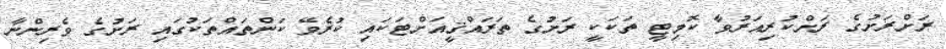
ރަށްރަށުގެ ރަށްކުރިއަރުވާ ކޮމިޓީ ތަކަކީ ރަށުގެ ތަރައްޤީއަށްޓަކައި ކުރެވޭ ކަންތައްތަކުގައި ރަށުގެ ވެރިންނާ